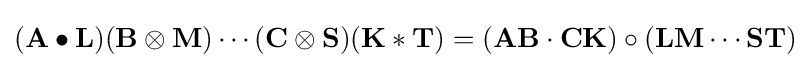
(\mathbf {A} \bullet \mathbf {L} )(\mathbf {B} \otimes \mathbf {M} )\cdots (\mathbf {C} \otimes \mathbf {S} )(\mathbf {K} \ast \mathbf {T} )=(\mathbf {A} \mathbf {B} \cdot \mathbf {C} \mathbf {K} )\circ (\mathbf {L} \mathbf {M} \cdots \mathbf {S} \mathbf {T} )